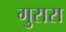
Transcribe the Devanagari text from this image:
गुरारा